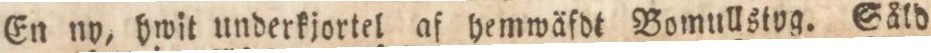
En ny, hwit underkjortel af hemwäfdt Bomullstog. Såld